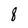
Character: 8